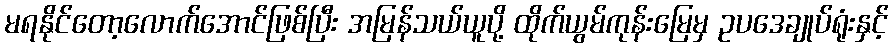
မရနိုင်တော့လောက်အောင်ဖြစ်ပြီး အမြန်သယ်ယူပို့ ထိုက်ယွမ်ကုန်းမြေမှ ဥပဒေချုပ်ရုံးနှင့်